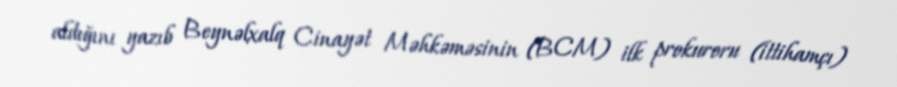
aldığını yazıb Beynəlxalq Cinayət Məhkəməsinin (BCM) ilk prokuroru (ittihamçı)